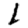
Digit: 1